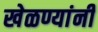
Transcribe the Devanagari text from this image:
खेळण्यांनी